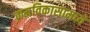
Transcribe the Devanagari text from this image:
क्रमविकासामध्ये